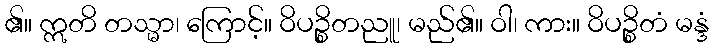
၏။ ဣတိ တသ္မာ၊ ကြောင့်။ ဝိပဉ္စိတညူ၊ မည်၏။ ဝါ၊ ကား။ ဝိပဉ္စိတံ မန္ဒံ